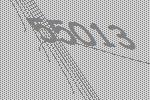
55013